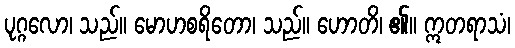
ပုဂ္ဂလော၊ သည်။ မောဟစရိတော၊ သည်။ ဟောတိ၊ ၏။ ဣတရာသံ၊